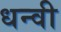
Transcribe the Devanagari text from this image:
धन्वी